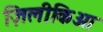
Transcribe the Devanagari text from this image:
ज़िलीकिआ